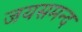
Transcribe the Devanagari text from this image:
जयसमन्‍द